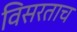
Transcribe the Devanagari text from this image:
विसरताच